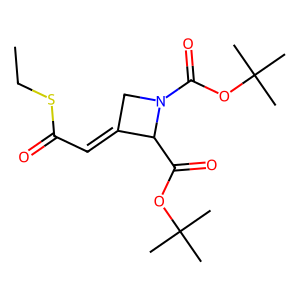
SMILES: CCSC(=O)C=C1CN(C(=O)OC(C)(C)C)C1C(=O)OC(C)(C)C
Inhibits HIV replication: No